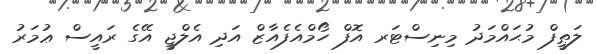
ލަޠީފް މުޙައްމަދުު މިިނިސްޓަރ އޮފް ހޯމްއެފެއާޒް އަދި އެލްޖީ އޭގެ ރައީސް ޢުމަރު